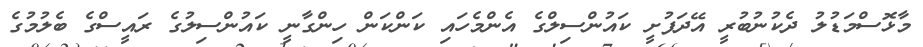
މާޅޮސްމަޑުލު ދެކުނުބުރީ އޭދަފުށީ ކައުންސިލްގެ އެންމެހައި ކަންކަން ހިންގާނީ ކައުންސިލުގެ ރައީސްގެ ބެލުމުގެ